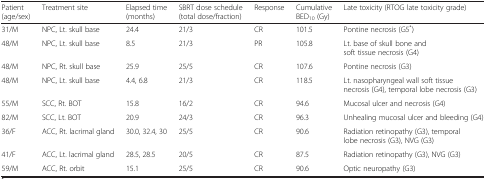
<table><thead><tr><td><b>Patient (age/sex)</b></td><td><b>Treatment site</b></td><td><b>Elapsed time (months)</b></td><td><b>SBRT dose schedule (total dose/fraction)</b></td><td><b>Response</b></td><td><b>Cumulative BED<sub>10</sub> (Gy)</b></td><td><b>Late toxicity (RTOG late toxicity grade)</b></td></tr></thead><tbody><tr><td>31/M</td><td>NPC, Lt. skull base</td><td>24.4</td><td>21/3</td><td>CR</td><td>101.5</td><td>Pontine necrosis (G5<sup>*</sup>)</td></tr><tr><td>48/M</td><td>NPC, Lt. skull base</td><td>8.5</td><td>21/3</td><td>PR</td><td>105.8</td><td>Lt. base of skull bone and soft tissue necrosis (G4)</td></tr><tr><td>48/M</td><td>NPC, Rt. skull base</td><td>25.9</td><td>25/5</td><td>CR</td><td>107.6</td><td>Pontine necrosis (G3)</td></tr><tr><td>48/M</td><td>NPC, Lt. skull base</td><td>4.4, 6.8</td><td>21/3</td><td>CR</td><td>118.5</td><td>Lt. nasopharyngeal wall soft tissue necrosis (G4), temporal lobe necrosis (G3)</td></tr><tr><td>55/M</td><td>SCC, Rt. BOT</td><td>15.8</td><td>16/2</td><td>CR</td><td>94.6</td><td>Mucosal ulcer and necrosis (G4)</td></tr><tr><td>82/M</td><td>SCC, Lt. BOT</td><td>20.9</td><td>24/3</td><td>CR</td><td>96.3</td><td>Unhealing mucosal ulcer and bleeding (G4)</td></tr><tr><td>36/F</td><td>ACC, Rt. lacrimal gland</td><td>30.0, 32.4, 30</td><td>25/5</td><td>CR</td><td>90.6</td><td>Radiation retinopathy (G3), temporal lobe necrosis (G3), NVG (G3)</td></tr><tr><td>41/F</td><td>ACC, Lt. lacrimal gland</td><td>28.5, 28.5</td><td>20/5</td><td>CR</td><td>87.5</td><td>Radiation retinopathy (G3), NVG (G3)</td></tr><tr><td>59/M</td><td>ACC, Rt. orbit</td><td>15.1</td><td>25/5</td><td>CR</td><td>90.6</td><td>Optic neuropathy (G3)</td></tr></tbody></table>